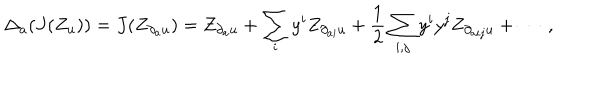
\Delta _ { a } ( J ( Z _ { u } ) ) = J ( Z _ { \partial _ { a } u } ) = Z _ { \partial _ { a } u } + \sum _ { i } y ^ { i } Z _ { \partial _ { a i } u } + { \frac { 1 } { 2 } } \sum _ { i , j } y ^ { i } y ^ { j } Z _ { \partial _ { a i j } u } + \cdots \; ,